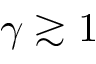
\gamma \gtrsim 1